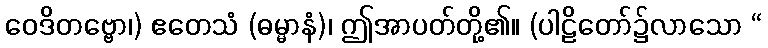
ဝေဒိတဗ္ဗော၊) ဧတေသံ (ဓမ္မာနံ)၊ ဤအာပတ်တို့၏။ (ပါဠိတော်၌လာသော “